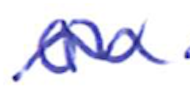
Text: on
Cross-out: wave
Writing tool: ballpoint